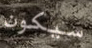
سيكون